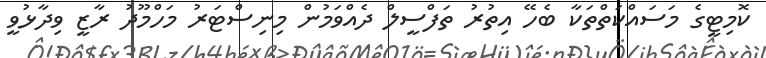
ކޮމިޓީގެ މަސައްކަތްތަކާ ބެހޭ އިތުރު ތަފްސީލް ދެއްވަމުން މިނިސްޓަރު މަހްމޫދު ރާޒީ ވިދާޅުވީ